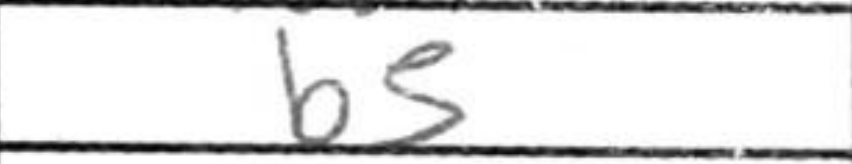
Transcription: b5